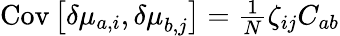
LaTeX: \begin{array}{r}{\mathrm{Cov}\left[\delta{\mu}_{a,i},{\delta\mu}_{b,j}\right]=\frac{1}{N}\zeta_{ij}C_{ab}}\end{array}